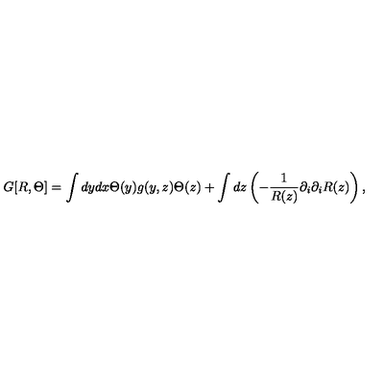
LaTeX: G [ R , \Theta ] = \int d y d x \Theta ( y ) g ( y , z ) \Theta ( z ) + \int d z \left( - { \frac { 1 } { R ( z ) } } \partial _ { i } \partial _ { i } R ( z ) \right) ,